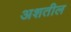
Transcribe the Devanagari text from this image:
अशतील